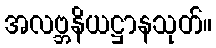
အလဗ္ဘနိယဋ္ဌာနသုတ်။